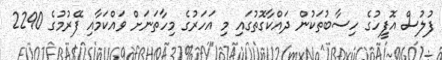
ފުލުސް އޮފީހުގެ ހިސާބުތަކުން ދައްކާގޮތުގައި މި އަހަރުގެ މިހާތަނަށް ވައްކަމާއި ފޭރުމުގެ 2290